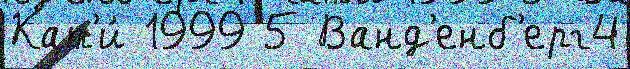
Кат'и́ 1999 5 Ванд'енб'ерг4